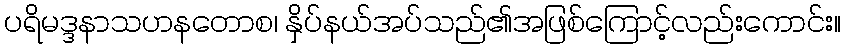
ပရိမဒ္ဒနာသဟနတောစ၊ နှိပ်နယ်အပ်သည်၏အဖြစ်ကြောင့်လည်းကောင်း။